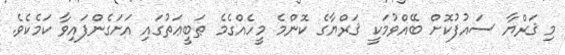
މި ޤަރްޔާ ސައުފުކޮށް ބޭއްވުމަކީ ޤަރްޔާގެ ކޮންމެ މީހެއްގެމެ ޠަބީޢަތުގައި އަށަގެންފައިވާ ކަމެކެވެ.